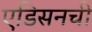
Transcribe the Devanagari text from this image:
एडिसनची